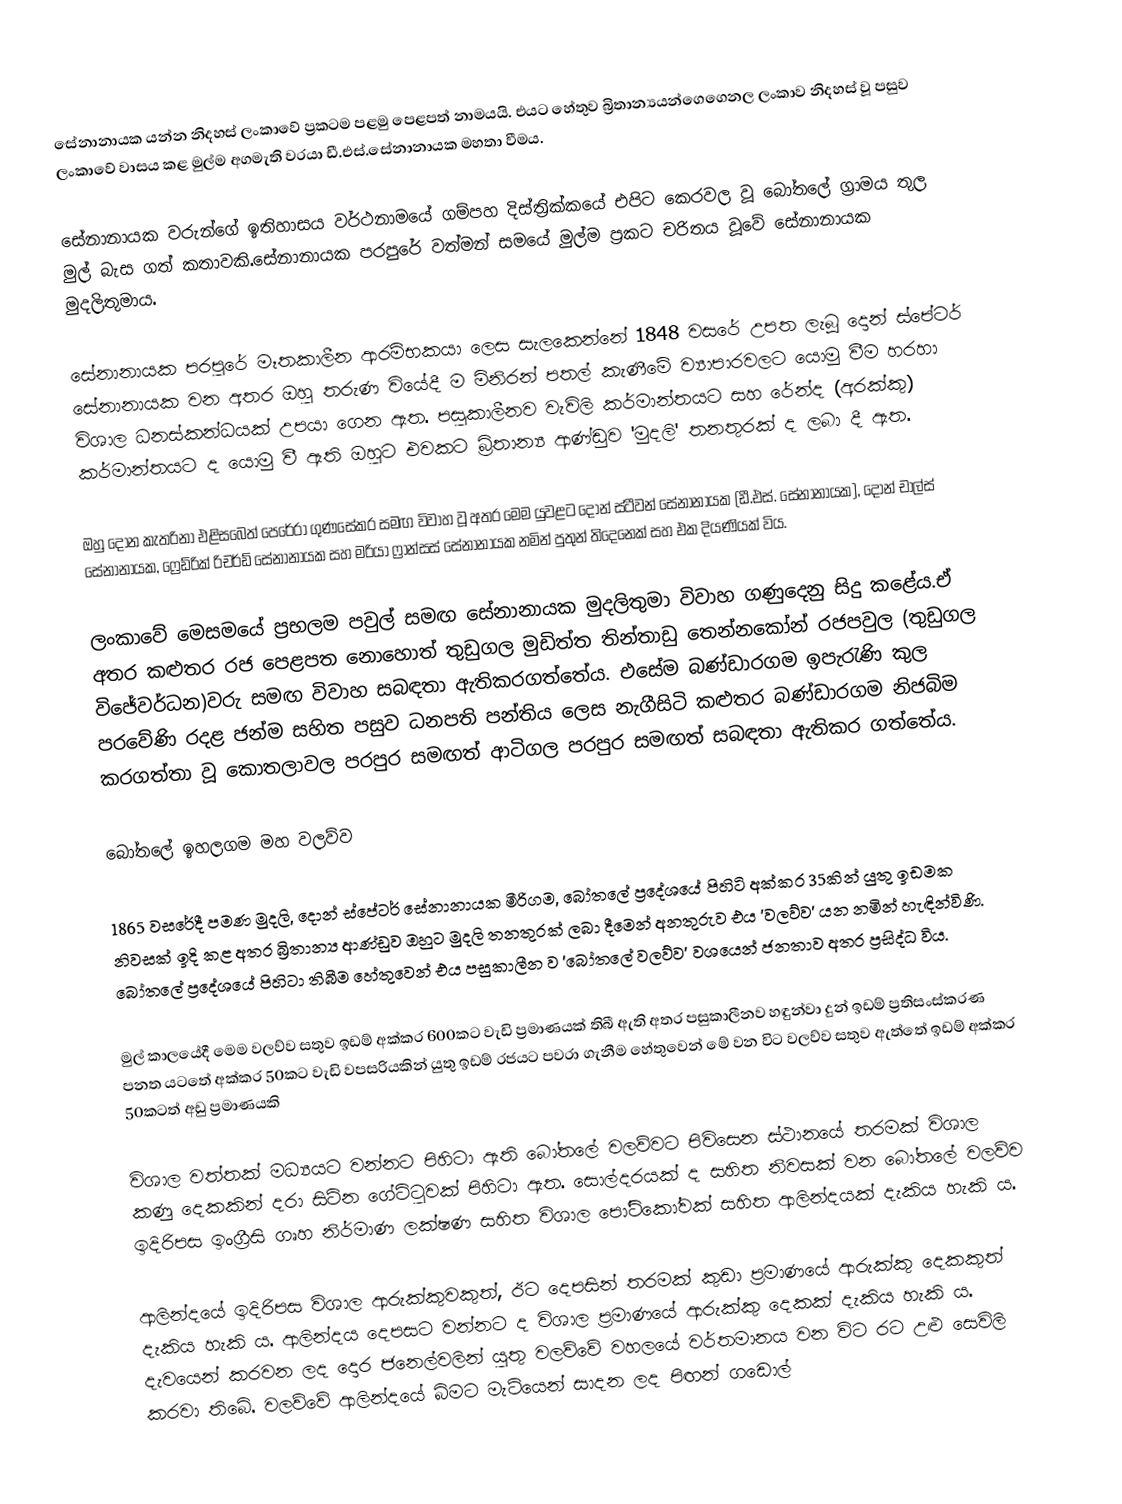
සේනානායක යන්න නිදහස් ලංකාවේ ප්‍රකටම පළමු පෙළපත් නාමයයි. එයට හේතුව බ්‍රිතාන්‍යයන්ගෙගෙනල ලංකාව නිදහස් වූ පසුව ලංකාවේ වාසය කළ මුල්ම අගමැති වරයා ඩී.එස්.සේනානායක මහතා වීමය.

සේනානායක වරුන්ගේ ඉතිහාසය වර්ථනාමයේ ගම්පහ දිස්ත්‍රික්කයේ එපිට කෙරවල වූ බෝතලේ ග්‍රාමය තුල මුල් බැස ගත් කතාවකි.සේනානායක පරපුරේ වත්මන් සමයේ මුල්ම ප්‍රකට චරිතය වූවේ සේනානායක මුදලිතුමාය.

සේනානායක පරපුරේ මෑතකාලීන ආරම්භකයා ලෙස සැලකෙන්නේ 1848 වසරේ උපත ලැබූ දොන් ස්පේටර් සේනානායක වන අතර ඔහු තරුණ වියේදී ම මිනිරන් පතල් කැණීමේ ව්‍යාපාරවලට යොමු වීම හරහා විශාල ධනස්කන්ධයක් උපයා ගෙන ඇත. පසුකාලීනව වැවිලි කර්මාන්තයට සහ රේන්ද (අරක්කු) කර්මාන්තයට ද යොමු වී ඇති ඔහුට එවකට බ්‍රිතාන්‍ය ආණ්ඩුව  'මුදලි' තනතුරක් ද ලබා දී ඇත.

ඔහු දෝන කැතරිනා එළිසබෙත් පෙරේරා ගුණසේකර සමඟ විවාහ වූ අතර මෙම යුවළට දොන් ස්ටීවන් සේනානායක (ඩී.එස්. සේනානායක), දොන් චාල්ස් සේනානායක, ෆ්‍රෙඩ්රික් රිචර්ඩ් සේනානායක සහ මරියා ෆ්‍රාන්සස් සේනානායක නමින් පුතුන් තිදෙනෙක් සහ එක දියණියක් විය.

ලංකාවේ මෙසමයේ ප්‍රභලම පවුල් සමඟ සේනානායක මුදලිතුමා විවාහ ගණුදෙනු සිදු කළේය.ඒ අතර කළුතර රජ පෙළපත නොහොත් තුඩුගල මුඩිත්ත තින්තාඩු තෙන්නකෝන් රජපවුල (තුඩුගල විජේවර්ධන)වරු සමඟ විවාහ සබඳතා ඇතිකරගත්තේය. එසේම බණ්ඩාරගම ඉපැරැණි කුල පරවේණි රදළ ජන්ම සහිත පසුව ධනපති පන්තිය ලෙස නැගීසිටි කළුතර බණ්ඩාරගම නිජබිම කරගත්තා වූ කොතලාවල පරපුර සමඟත් ආටිගල පරපුර සමඟත් සබඳතා ඇතිකර ගත්තේය.

බෝතලේ ඉහලගම මහ වලව්ව

1865 වසරේදී පමණ මුදලි, දොන් ස්පේටර් සේනානායක මීරිගම, බෝතලේ ප්‍රදේශයේ පිහිටි අක්කර 35කින් යුතු ඉඩමක නිවසක් ඉදි කළ අතර බ්‍රිතාන්‍ය ආණ්ඩුව ඔහුට මුදලි තනතුරක් ලබා දීමෙන් අනතුරුව එය 'වලව්ව' යන නමින් හැඳින්විණි. බෝතලේ ප්‍රදේශයේ පිහිටා තිබීම හේතුවෙන් එය පසුකාලීන ව 'බෝතලේ වලව්ව' වශයෙන් ජනතාව අතර ප්‍රසිද්ධ විය.

මුල් කාලයේදී මෙම වලව්ව සතුව ඉඩම් අක්කර 600කට වැඩි ප්‍රමාණයක් තිබී ඇති අතර පසුකාලීනව හඳුන්වා දුන් ඉඩම් ප්‍රතිසංස්කරණ පනත යටතේ අක්කර 50කට වැඩි වපසරියකින් යුතු ඉඩම් රජයට පවරා ගැනීම හේතුවෙන් මේ වන විට වලව්ව සතුව ඇත්තේ ඉඩම් අක්කර 50කටත් අඩු ප්‍රමාණයකි

විශාල වත්තක් මධ්‍යයට වන්නට පිහිටා ඇති බෝතලේ වලව්වට පිවිසෙන ස්ථානයේ තරමක් විශාල කණු දෙකකින් දරා සිටින ගේට්ටුවක් පිහිටා ඇත. සොල්දරයක් ද සහිත නිවසක් වන බෝතලේ වලව්ව ඉදිරිපස ඉංග්‍රීසි ගෘහ නිර්මාණ ලක්ෂණ සහිත විශාල පෝටිකෝවක් සහිත ආලින්දයක් දැකිය හැකි ය.

ආලින්දයේ ඉදිරිපස විශාල ආරුක්කුවකුත්, ඊට දෙපසින් තරමක් කුඩා ප්‍රමාණයේ ආරුක්කු දෙකකුත් දැකිය හැකි ය. ආලින්දය දෙපසට වන්නට ද විශාල ප්‍රමාණයේ ආරුක්කු දෙකක් දැකිය හැකි ය. දැවයෙන් කරවන ලද දොර ජනෙල්වලින් යුතු වලව්වේ වහලයේ වර්තමානය වන විට රට උළු සෙවිලි කරවා තිබේ. වලව්වේ ආලින්දයේ බිමට මැටියෙන් සාදන ලද පිඟන් ගඩොල්